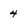
Character: 4